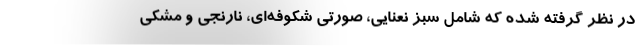
در نظر گرفته شده که شامل سبز نعنایی، صورتی شکوفه‌ای، نارنجی و مشکی